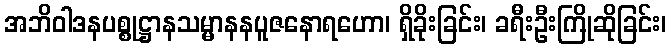
အဘိဝါဒနပစ္စုဋ္ဌာနသမ္မာနနပူဇနောရဟော၊ ရှိခိုးခြင်း၊ ခရီးဦးကြိုဆိုခြင်း၊